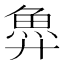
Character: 𫙐